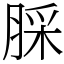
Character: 䐆